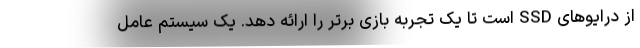
از درایوهای SSD است تا یک تجربه بازی برتر را ارائه دهد. یک سیستم عامل